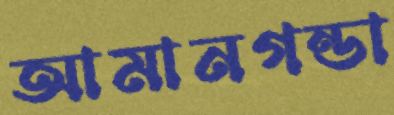
আমানগন্ডা